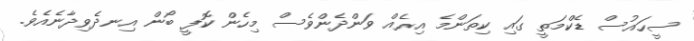
ސީހައުސް ޑެކްމަތީ ގައި ކިތަންމެ އިރެއް ވަންދެންވެސް މިހެން ކޮފީ ބޯން އިނދެވިދާނެއެވެ.